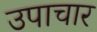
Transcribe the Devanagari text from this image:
उपाचार